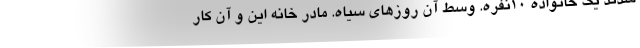
شدند یک خانواده ۱۰نفره. وسط آن روزهای سیاه. مادر خانه این و آن کار